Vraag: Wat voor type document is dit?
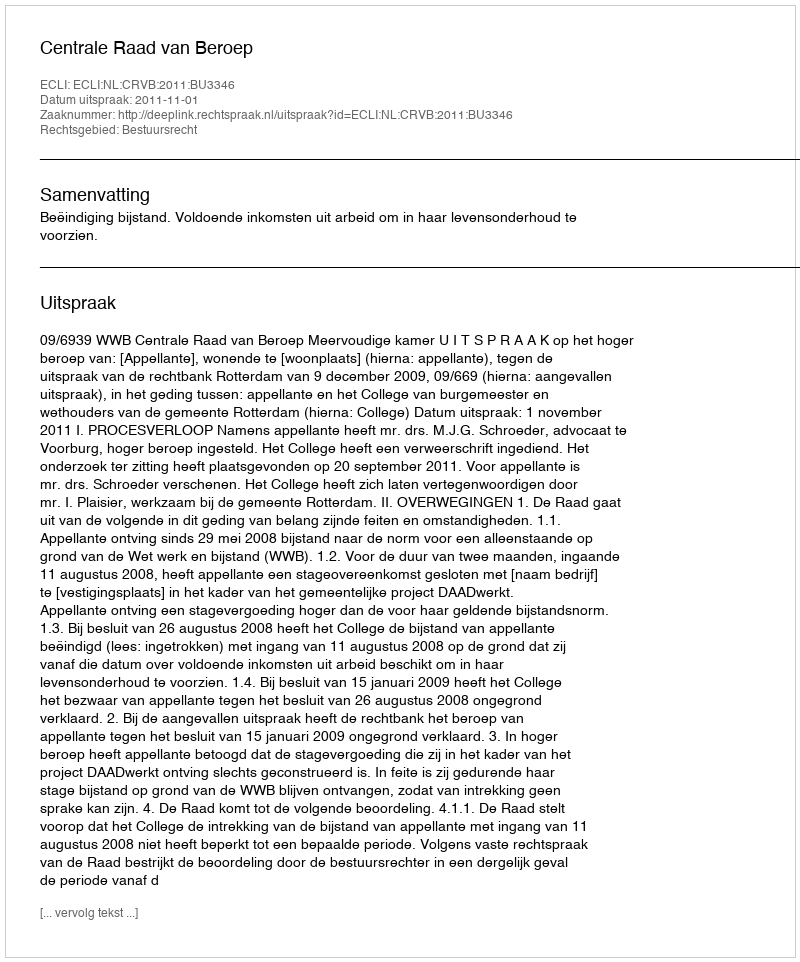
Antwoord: Uitspraak